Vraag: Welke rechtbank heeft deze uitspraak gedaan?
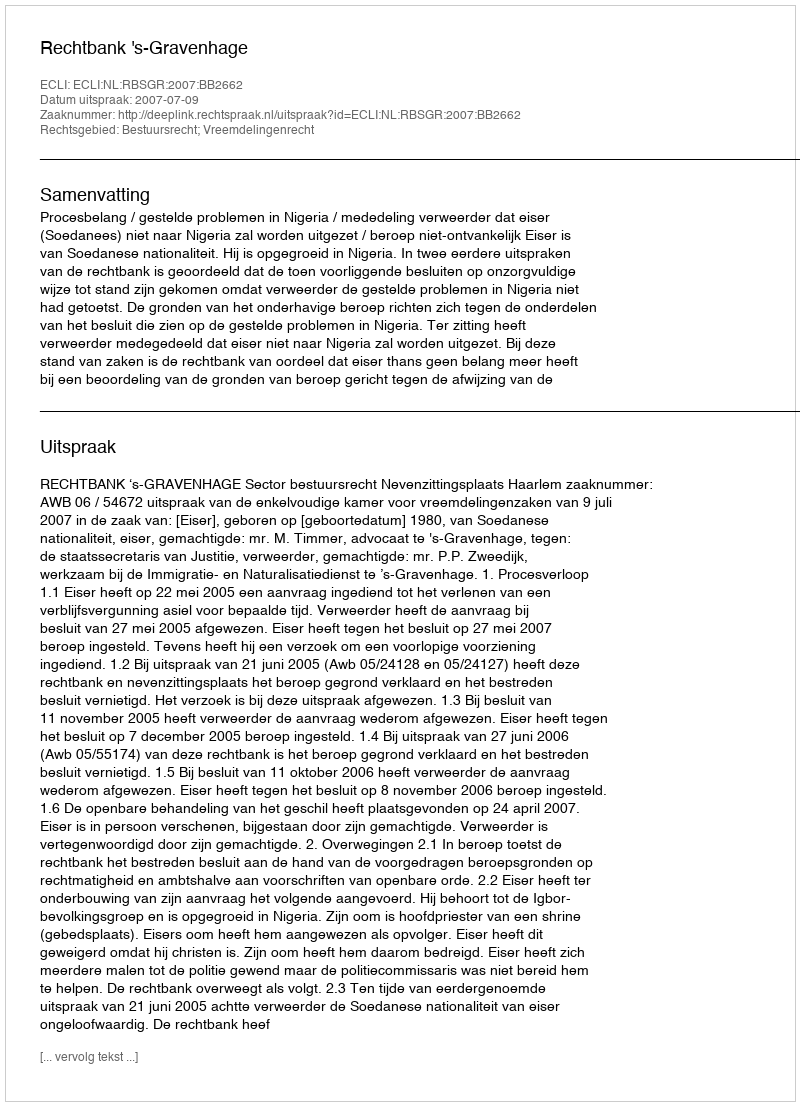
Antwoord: Rechtbank 's-Gravenhage